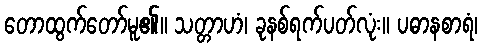
တောထွက်တော်မူ၏။ သတ္တာဟံ၊ ခုနစ်ရက်ပတ်လုံး။ ပဓာနစာရံ၊